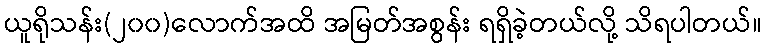
ယူရိုသန်း(၂၀၀)လောက်အထိ အမြတ်အစွန်း ရရှိခဲ့တယ်လို့ သိရပါတယ်။